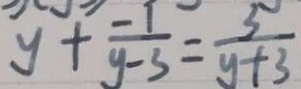
y + \frac { - 1 } { y - 3 } = \frac { 5 } { y + 3 }